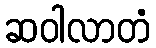
ဆဝါလာတံ